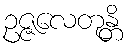
ဥဇ္ဇလေတုန္တိ